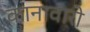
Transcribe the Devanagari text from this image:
कानावारो